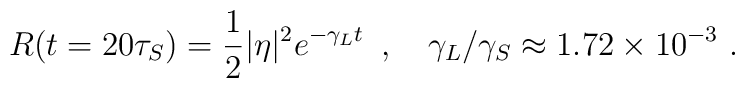
R(t=20\tau_S)={1\over2}|\eta|^2e^{-\gamma_Lt}\enspace,\quad\gamma_L/\gamma_S\approx1.72\times10^{-3}\ .